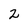
Character: 2